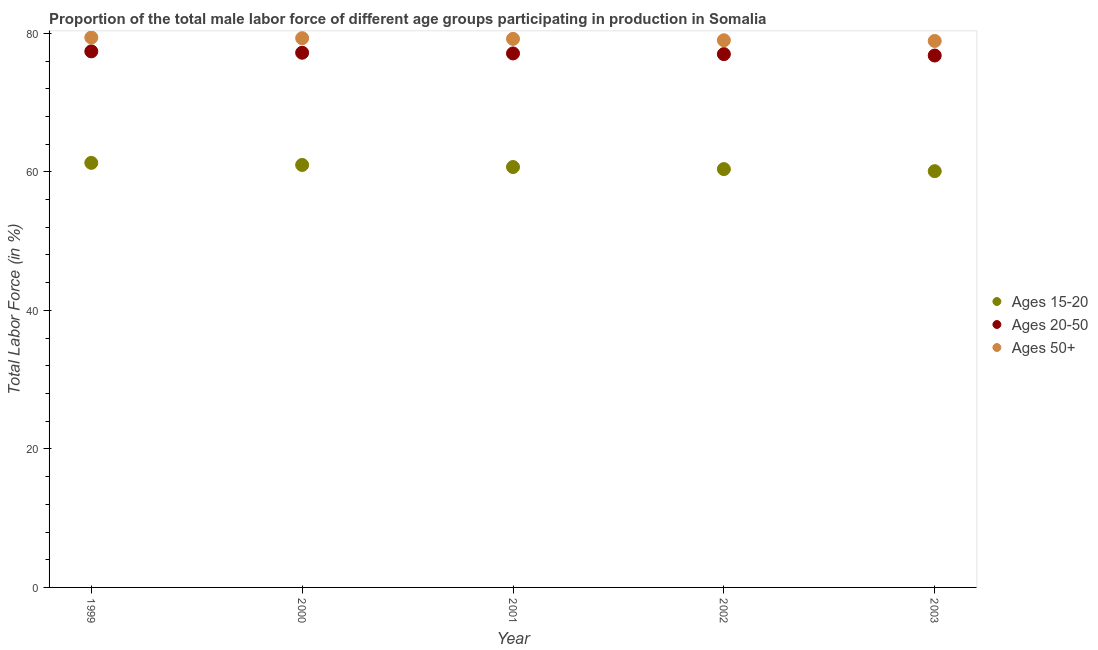
| Year | Ages 15-20 | Ages 20-50 | Ages 50+ |
 | --- | --- | --- | --- |
 | 1999 | 61.3 | 77.4 | 79.4 |
 | 2000 | 61 | 77.2 | 79.3 |
 | 2001 | 60.7 | 77.1 | 79.2 |
 | 2002 | 60.4 | 77 | 79 |
 | 2003 | 60.1 | 76.8 | 78.9 |